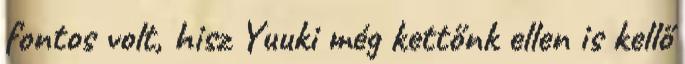
fontos volt, hisz Yuuki még kettőnk ellen is kellő